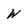
Character: W